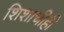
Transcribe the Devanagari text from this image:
शिशाचीही